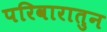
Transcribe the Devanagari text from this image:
परिवारातुन